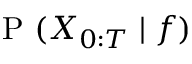
\mathrm { ~ P ~ } ( X _ { 0 : T } \mid f )